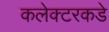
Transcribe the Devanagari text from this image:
कलेक्टरकडे